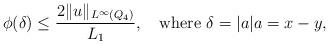
LaTeX: \begin{align*} \phi (\delta) \le \frac{2 \|u\|_{L^\infty(Q_4)}}{L_1},\quad\mbox{where }\delta = |a| a = x-y,\end{align*}